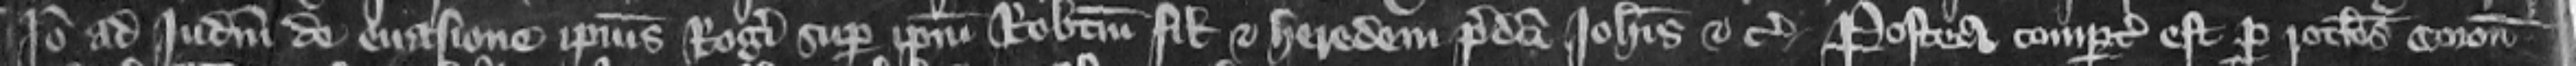
Ideo ad iudicium de euasione ipsius Rogeri super ipsum Robertum filium et heredem predicti Johannis etc. Postea compertum est per rotulos coronatorum